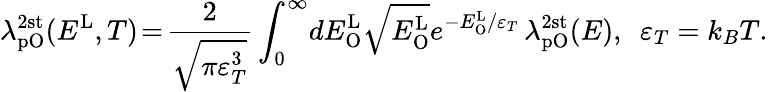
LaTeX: \lambda_{\mathrm{pO}}^{\mathrm{2st}}(E^{\mathrm{L}},T)\! =\! \frac{2}{\sqrt{\pi\varepsilon_{T}^{3}}}\int_{0}^{\infty}\! dE_{\mathrm{O}}^{\mathrm{L}}\sqrt{E_{\mathrm{O}}^{\mathrm{L}}}e^{-E_{\mathrm{O}}^{\mathrm{L}}/\varepsilon_{T}}\, \lambda_{\mathrm{pO}}^{\mathrm{2st}}(E),\ \ \varepsilon_{T}=k_{B}T.